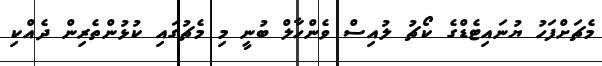
މެޗަށްފަހު ޔުނައިޓެޑްގެ ކޯޗު ލުއިސް ވެންހާލް ބުނީ މި މެޗުގައި ކުޅުންތެރިން ދެއްކި